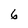
Character: 6